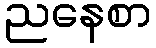
ညနေစာ